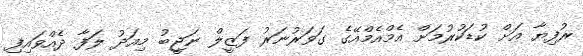
ރުފިޔާ އަށް ކުޑަކުރުމަށް އެމްއެމްއޭގެ ގަވަރުނަރު ފަޒީލް ނަޖީބު މިއަދު ލަފާ ދެއްވައިފި